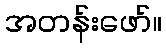
အတန်းဖော်။